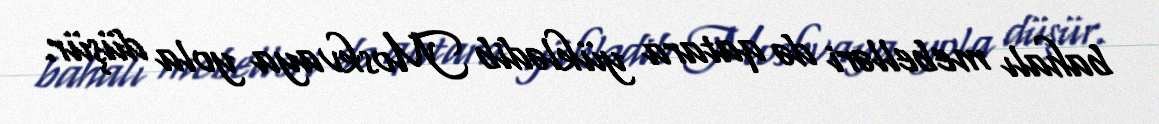
bahalı mebelləri də qatara yüklədib Moskvaya yola düşür.